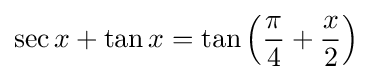
\sec x+\tan x=\tan \left({\frac {\pi }{4}}+{\frac {x}{2}}\right)